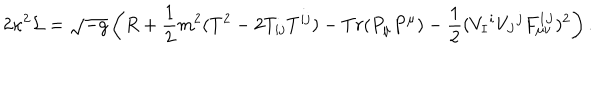
LaTeX: 2 \kappa ^ { 2 } { \cal L } = \sqrt { - g } \left( R + { \frac { 1 } { 2 } } m ^ { 2 } ( T ^ { 2 } - 2 T _ { i j } T ^ { i j } ) - T r ( P _ { \mu } P ^ { \mu } ) - { \frac { 1 } { 2 } } ( V _ { I } { } ^ { i } V _ { J } { } ^ { j } F _ { \mu \nu } ^ { I J } ) ^ { 2 } \right) .